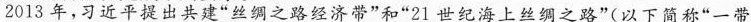
2013年，习近平提出共建”丝绸之路经济带”和”21世纪海上丝绸之路”(以下简称”一带